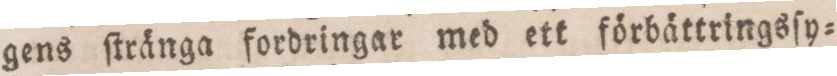
gens ſtränga fordringar med ett förbättringsſy=